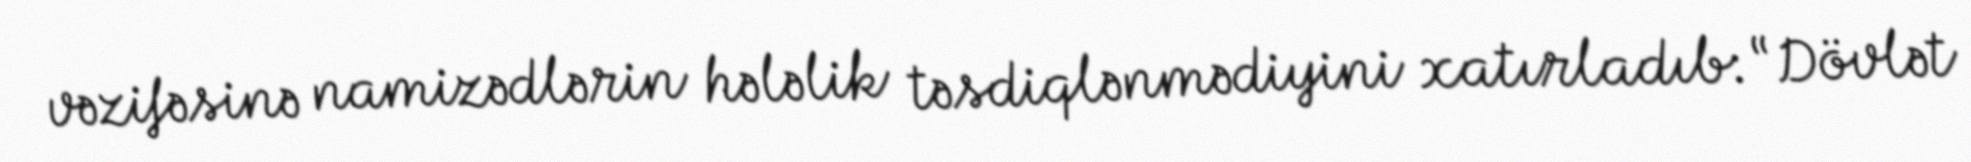
vəzifəsinə namizədlərin hələlik təsdiqlənmədiyini xatırladıb: “Dövlət